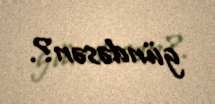
gündəsən?.